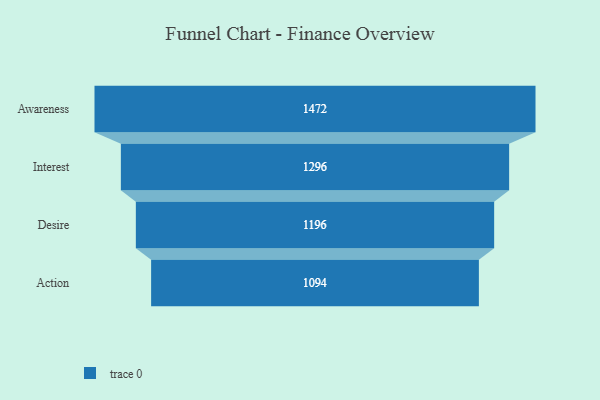
{"axis": {"x": "Stage", "y": "Value"}, "legend": [""], "data": [{"x": "Awareness", "y": 1472.0, "type": ""}, {"x": "Interest", "y": 1296.0, "type": ""}, {"x": "Desire", "y": 1196.0, "type": ""}, {"x": "Action", "y": 1094.0, "type": ""}]}